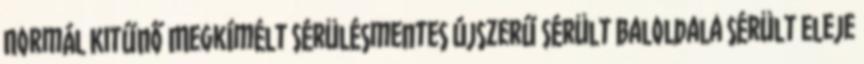
Normál Kitűnő Megkímélt Sérülésmentes Újszerű Sérült Baloldala sérült Eleje